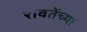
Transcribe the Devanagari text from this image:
रावतेंच्या